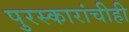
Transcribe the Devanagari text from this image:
पुरस्कारांचीही